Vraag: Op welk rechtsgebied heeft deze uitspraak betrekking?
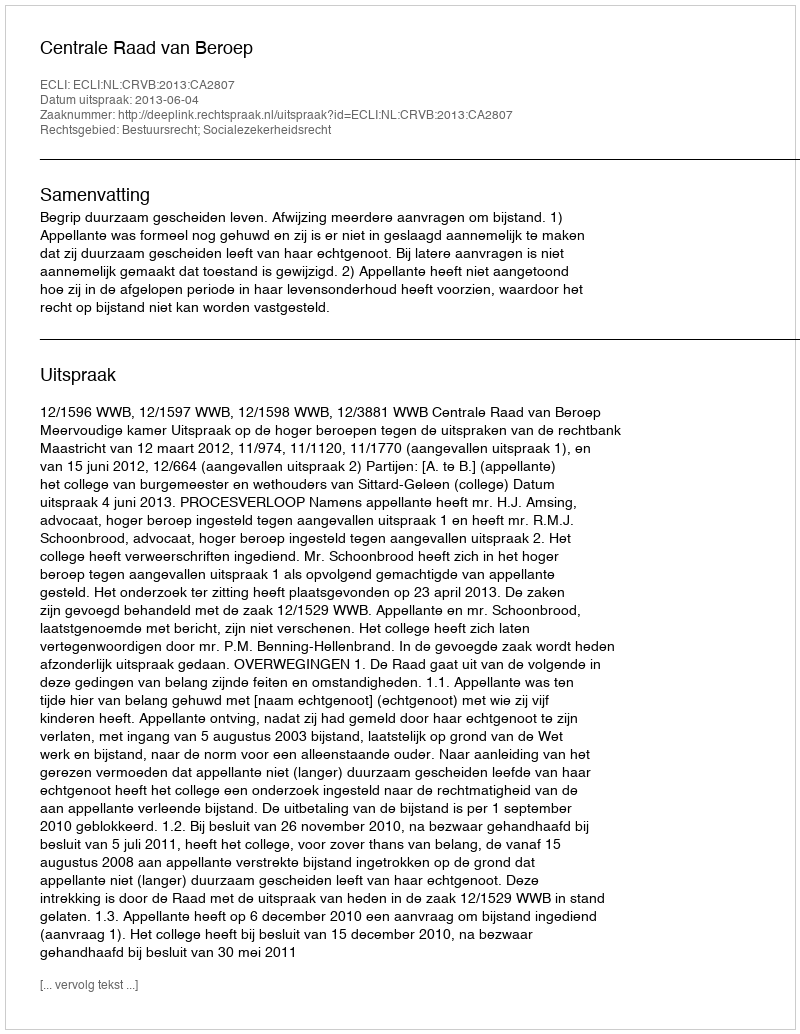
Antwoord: Bestuursrecht; Socialezekerheidsrecht